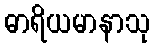
ဓာရိယမာနာသု